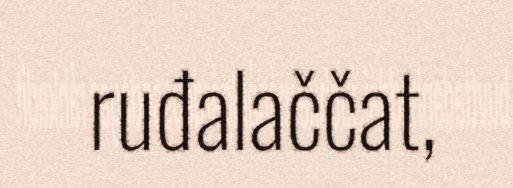
ruđalaččat,